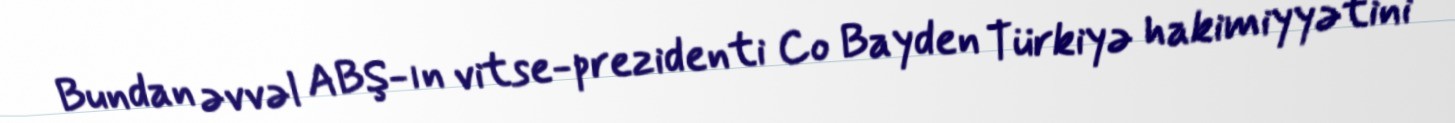
Bundan əvvəl ABŞ-ın vitse-prezidenti Co Bayden Türkiyə hakimiyyətini